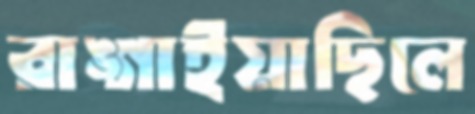
রাঙ্গাইয়াছিলে